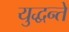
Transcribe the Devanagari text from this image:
युद्धन्ते